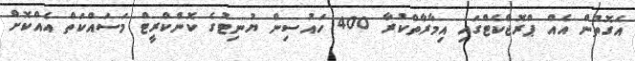
އެގޮތުން އެއް ޕްރޮޖްކެޓްގައި އިމާރާތްކުރާ 400 ހައުސިން ޔުނިޓުގެ ކޮންކްރީޓް މަސައްކަތް އެއްކޮށް